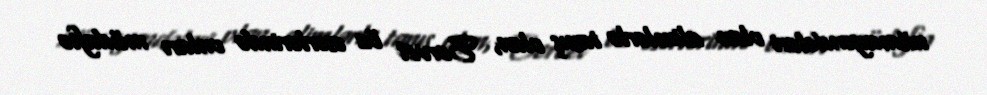
nümayəndələri olan alimlərlə tanış olan, Servet öz əsərlərində onları müdafiə